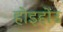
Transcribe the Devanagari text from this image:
होइहोंउ